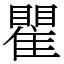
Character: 瞿